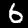
Digit: 6